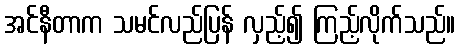
အင်နီတာက သမင်လည်ပြန် လှည့်၍ ကြည့်လိုက်သည်။